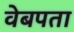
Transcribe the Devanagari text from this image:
वेबपता